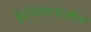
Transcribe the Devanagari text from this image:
मूर्तस्वरूपातील